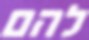
להם